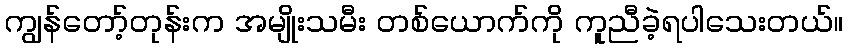
ကျွန်တော့်တုန်းက အမျိုးသမီး တစ်ယောက်ကို ကူညီခဲ့ရပါသေးတယ်။